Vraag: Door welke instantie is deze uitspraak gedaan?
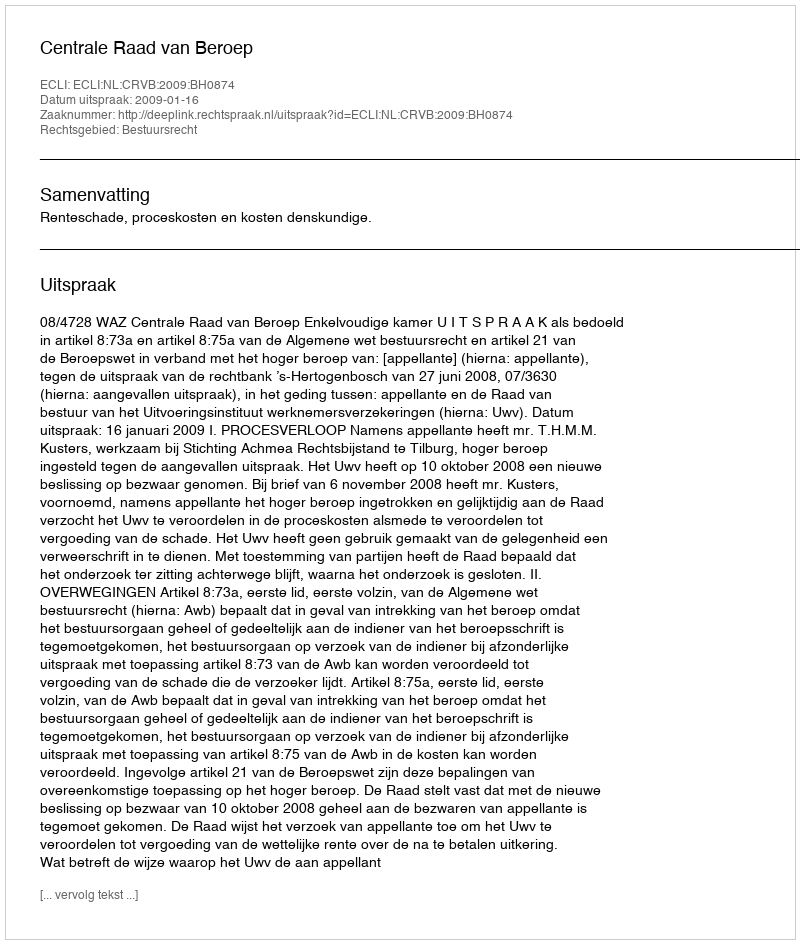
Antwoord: Centrale Raad van Beroep